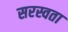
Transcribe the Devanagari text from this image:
सरस्वता